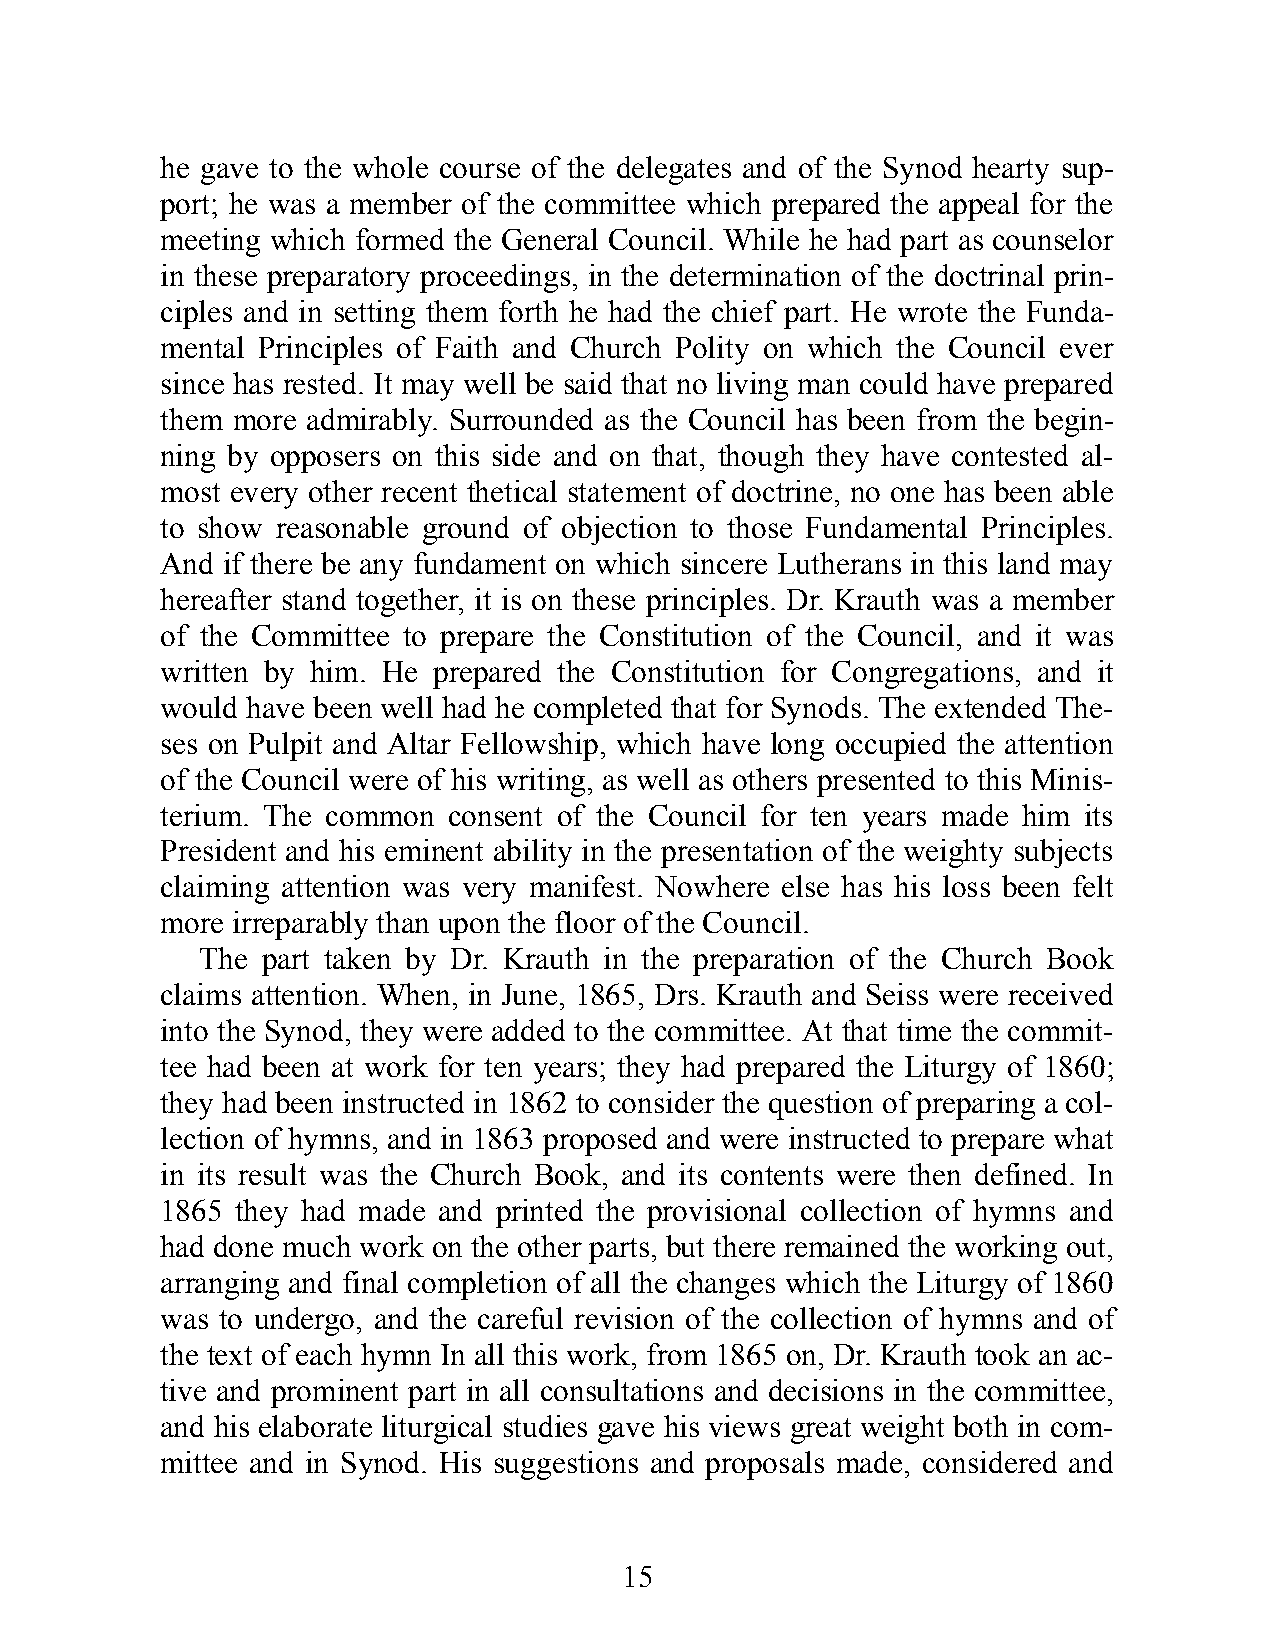
he gave to the whole course of the del eg ates and of the Synod hearty sup-
 port; he was a memb er of the com mit tee which prep ared the app eal for the
 meet ing which formed the Gen eral Coun cil. While he had part as couns elor
 in these prepara tory proc eedi ngs, in the det er min at ion of the doct ri nal prin-
 ci ples and in set ting them forth he had the chief part. He wrote the Fun da-
 men tal Prin ci ples of Faith and Church Polity on which the Coun cil ever
 since has rested. It may well be said that no livi ng man could have prep ared
 them more adm irably. Surr ounded as the Coun cil has been from the beg in-
 ning by op posers on this side and on that, though they have cont ested al-
 most eve ry other re cent theti c al state ment of doct rine, no one has been able
 to show rea sona ble ground of obj ec tion to those Fun dam en tal Prin ci ples.
 And if there be any fund am ent on which sin cere Luther ans in this land may
 here after stand tog ether, it is on these prin ci ples. Dr. Krauth was a memb er
 of the Comm it tee to prep are the Con stit ut ion of the Coun cil, and it was
 writ ten by him. He prep ared the Con stit ut ion for Con greg at ions, and it
 would have been well had he com pleted that for Syn ods. The ext ended The-
 ses on Pul pit and Al tar Fel lows hip, which have long occ up ied the at ten tion
 of the Coun cil were of his writ ing, as well as oth ers pres ented to this Min is-
 terium. The com mon cons ent of the Coun cil for ten years made him its
 Presi d ent and his em in ent abili ty in the pres ent a tion of the weighty subj ects
 claimi ng at ten tion was very mani f est. Nowhere else has his loss been felt
 more ir repara bly than upon the floor of the Coun cil.
 The part taken by Dr. Krauth in the prepa ra tion of the Church Book
 claims att en tion. When, in June, 1865, Drs. Krauth and Seiss were re ceived
 into the Synod, they were added to the com mit tee. At that time the com mit-
 tee had been at work for ten years; they had prep ared the Liturgy of 1860;
 they had been ins tructed in 1862 to cons ider the quest ion of prep ari ng a col-
 lec tion of hymns, and in 1863 prop osed and were ins tructed to prep are what
 in its re sult was the Church Book, and its cont ents were then def ined. In
 1865 they had made and printed the prov is ional col lec tion of hymns and
 had done much work on the other parts, but there re mained the worki ng out,
 ar rangi ng and fi nal com ple tion of all the changes which the Liturgy of 1860
 was to un dergo, and the care ful re vis ion of the col lec tion of hymns and of
 the text of each hymn In all this work, from 1865 on, Dr. Krauth took an ac-
 tive and prom in ent part in all con sul ta tions and dec i sions in the com mit tee,
 and his elab o rate liturg ic al stud ies gave his views great weight both in com-
 mit tee and in Synod. His sugg est ions and prop osa ls made, cons id ered and
 15